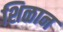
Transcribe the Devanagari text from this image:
शिळान